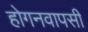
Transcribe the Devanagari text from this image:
होगनवापसी